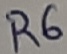
Text: R6